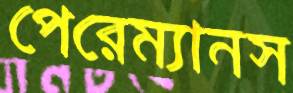
পেরেম্যানস